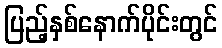
ပြည့်နှစ်နောက်ပိုင်းတွင်